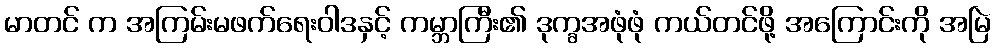
မာတင် က အကြမ်းမဖက်ရေးဝါဒနှင့် ကမ္ဘာကြီး၏ ဒုက္ခအဖုံဖုံ ကယ်တင်ဖို့ အကြောင်းကို အမြဲ